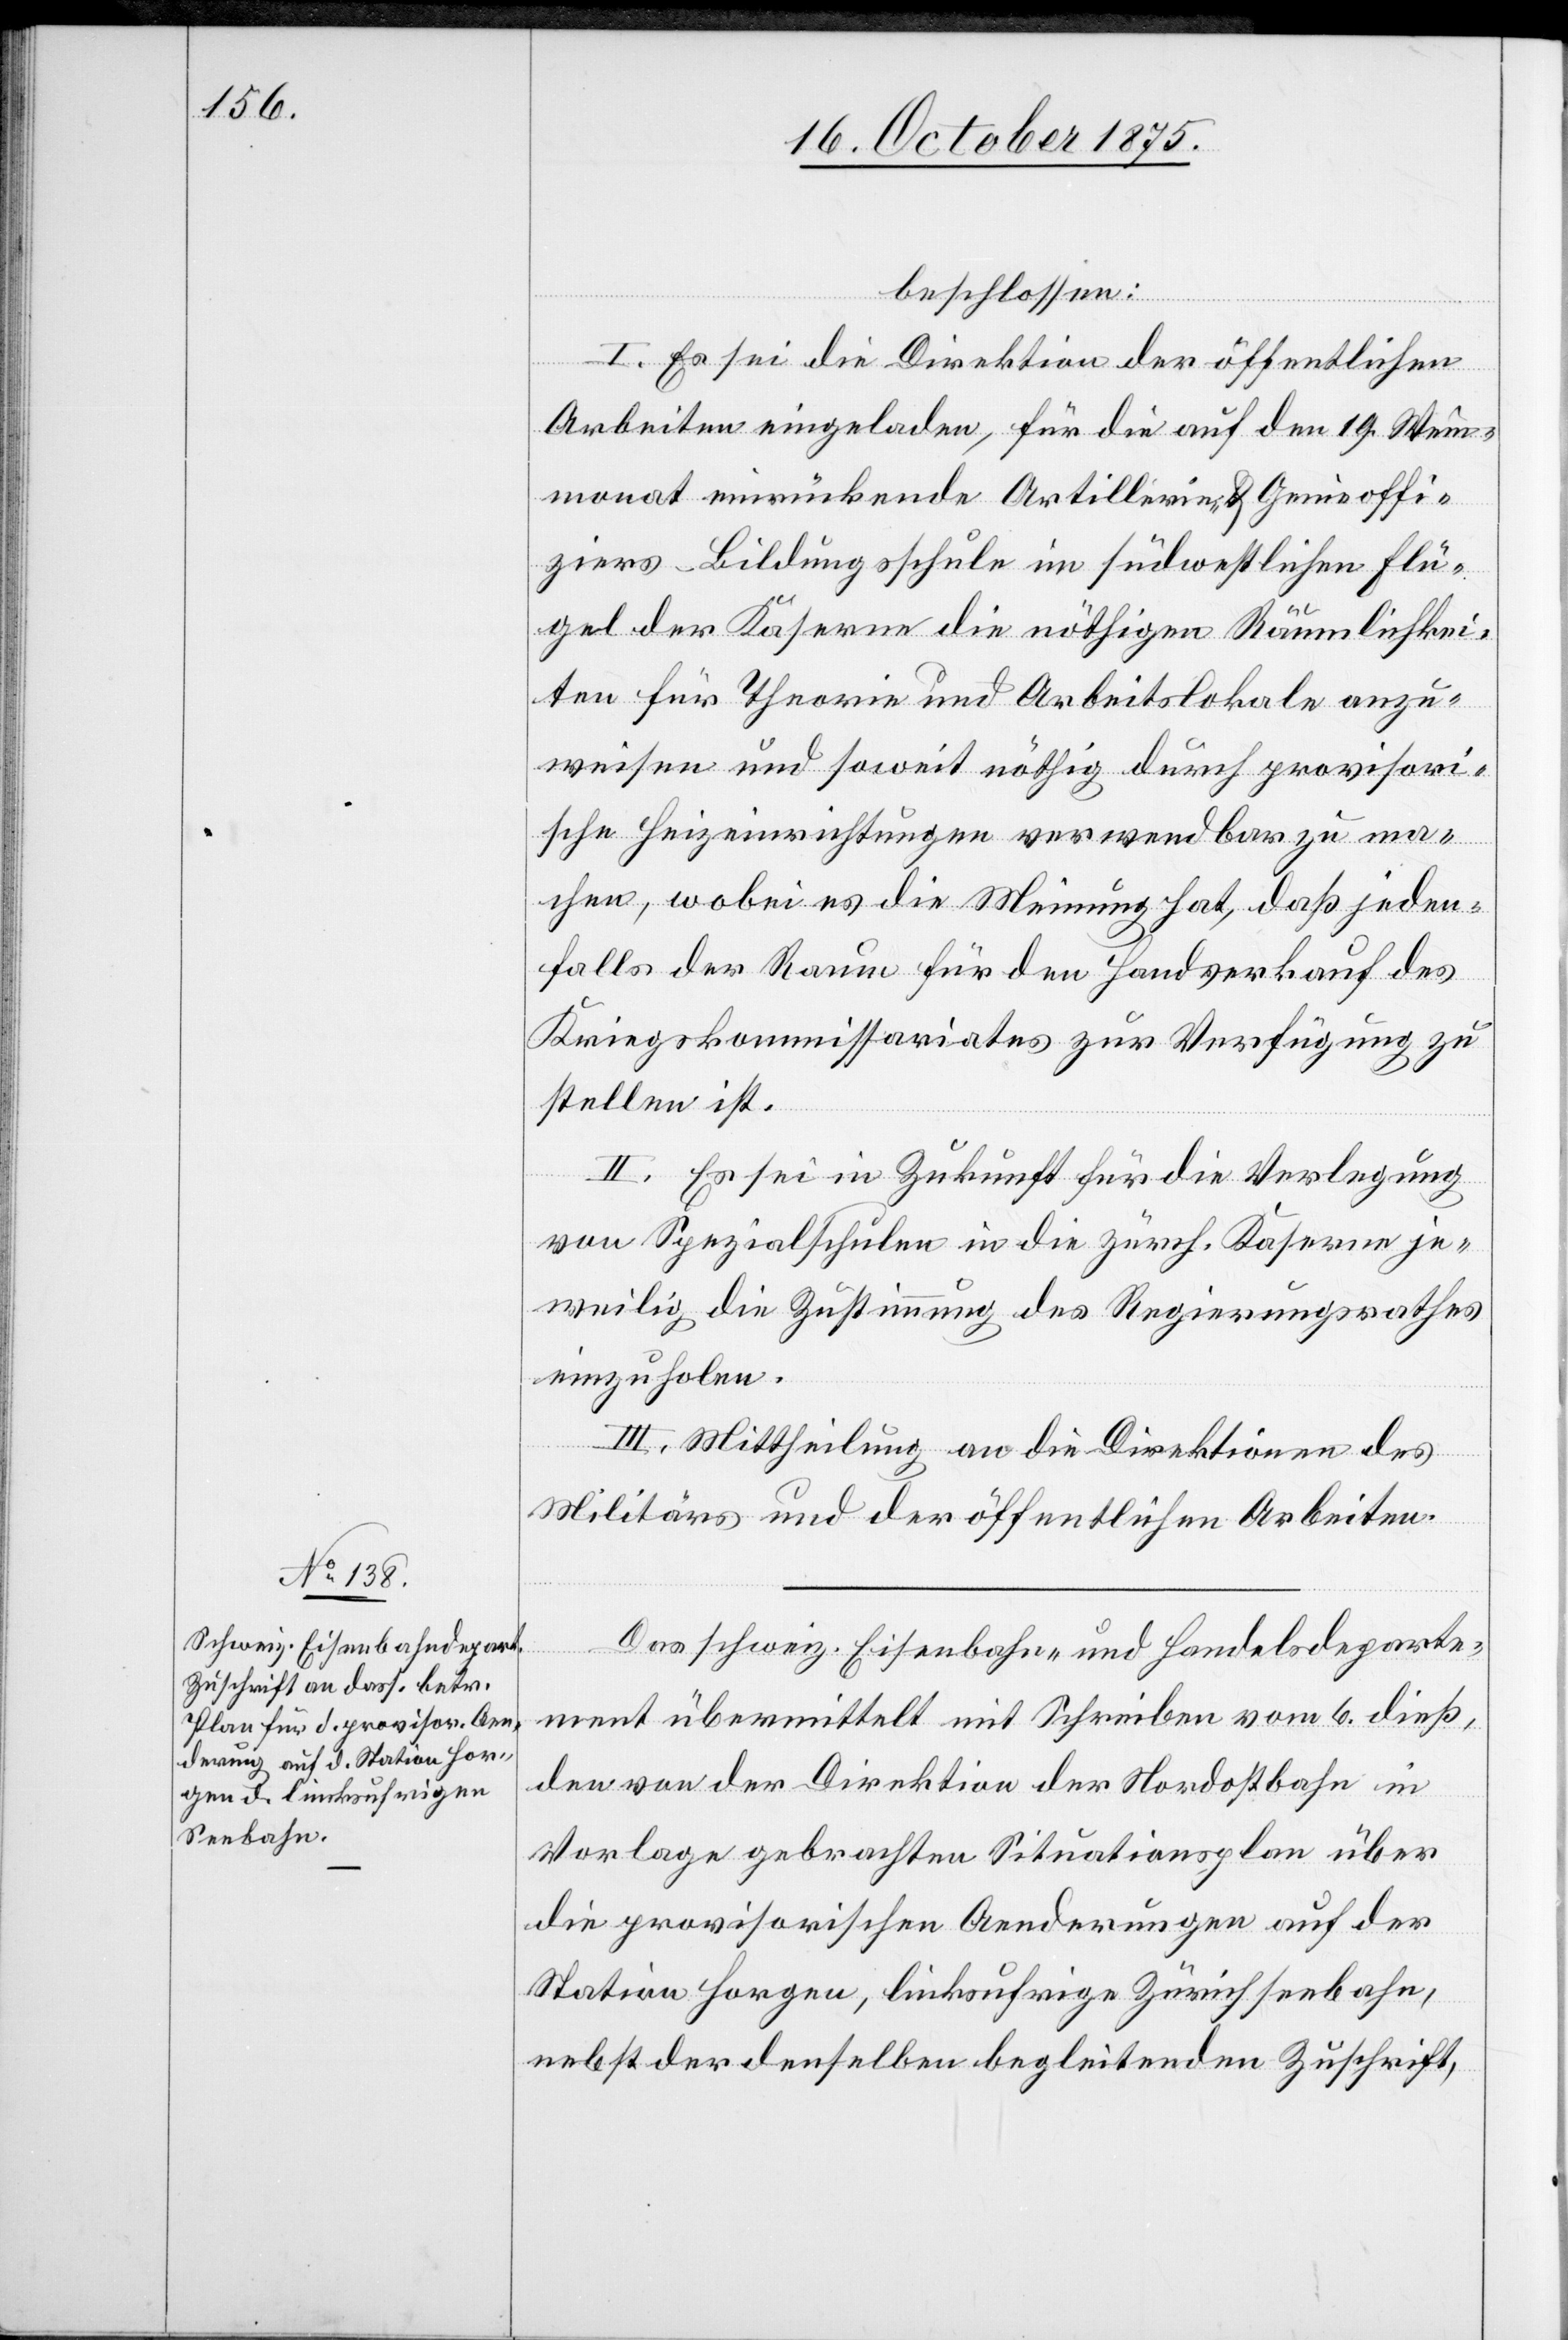
beschlossen:
I. Es sei die Direktion der öffentlichen
Arbeiten eingeladen, für die auf den 19. Wein¬
monat einrückende Artillerie- & Genieoffi¬
ziers-Bildungsschule im südwestlichen Flü¬
gel der Kaserne die nöthigen Räumlichkei¬
ten für Theorie und Arbeitslokale anzu¬
weisen und soweit nöthig durch provisori¬
sche Heizeinrichtungen verwendbar zu ma¬
chen, wobei es die Meinung hat, daß jeden¬
falls der Raum für den Handverkauf des
Kriegskommissariates zur Verfügung zu
stellen ist.
II. Es sei in Zukunft für die Verlegung
von Spezialschulen in die zürch. Kaserne je¬
weilig die Zustimmung des Regierungsrathes
einzuholen.
III. Mittheilung an die Direktionen des
Militärs und der öffentlichen Arbeiten.
Das schweiz. Eisenbahn- und Handelsdeparte¬
ment übermittelt mit Schreiben vom 6. dieß,
den von der Direktion der Nordostbahn in
Vorlage gebrachten Situationsplan über
die provisorischen Aenderungen auf der
Station Horgen, linksufrige Zürichseebahn,
nebst der denselben begleitenden Zuschrift,